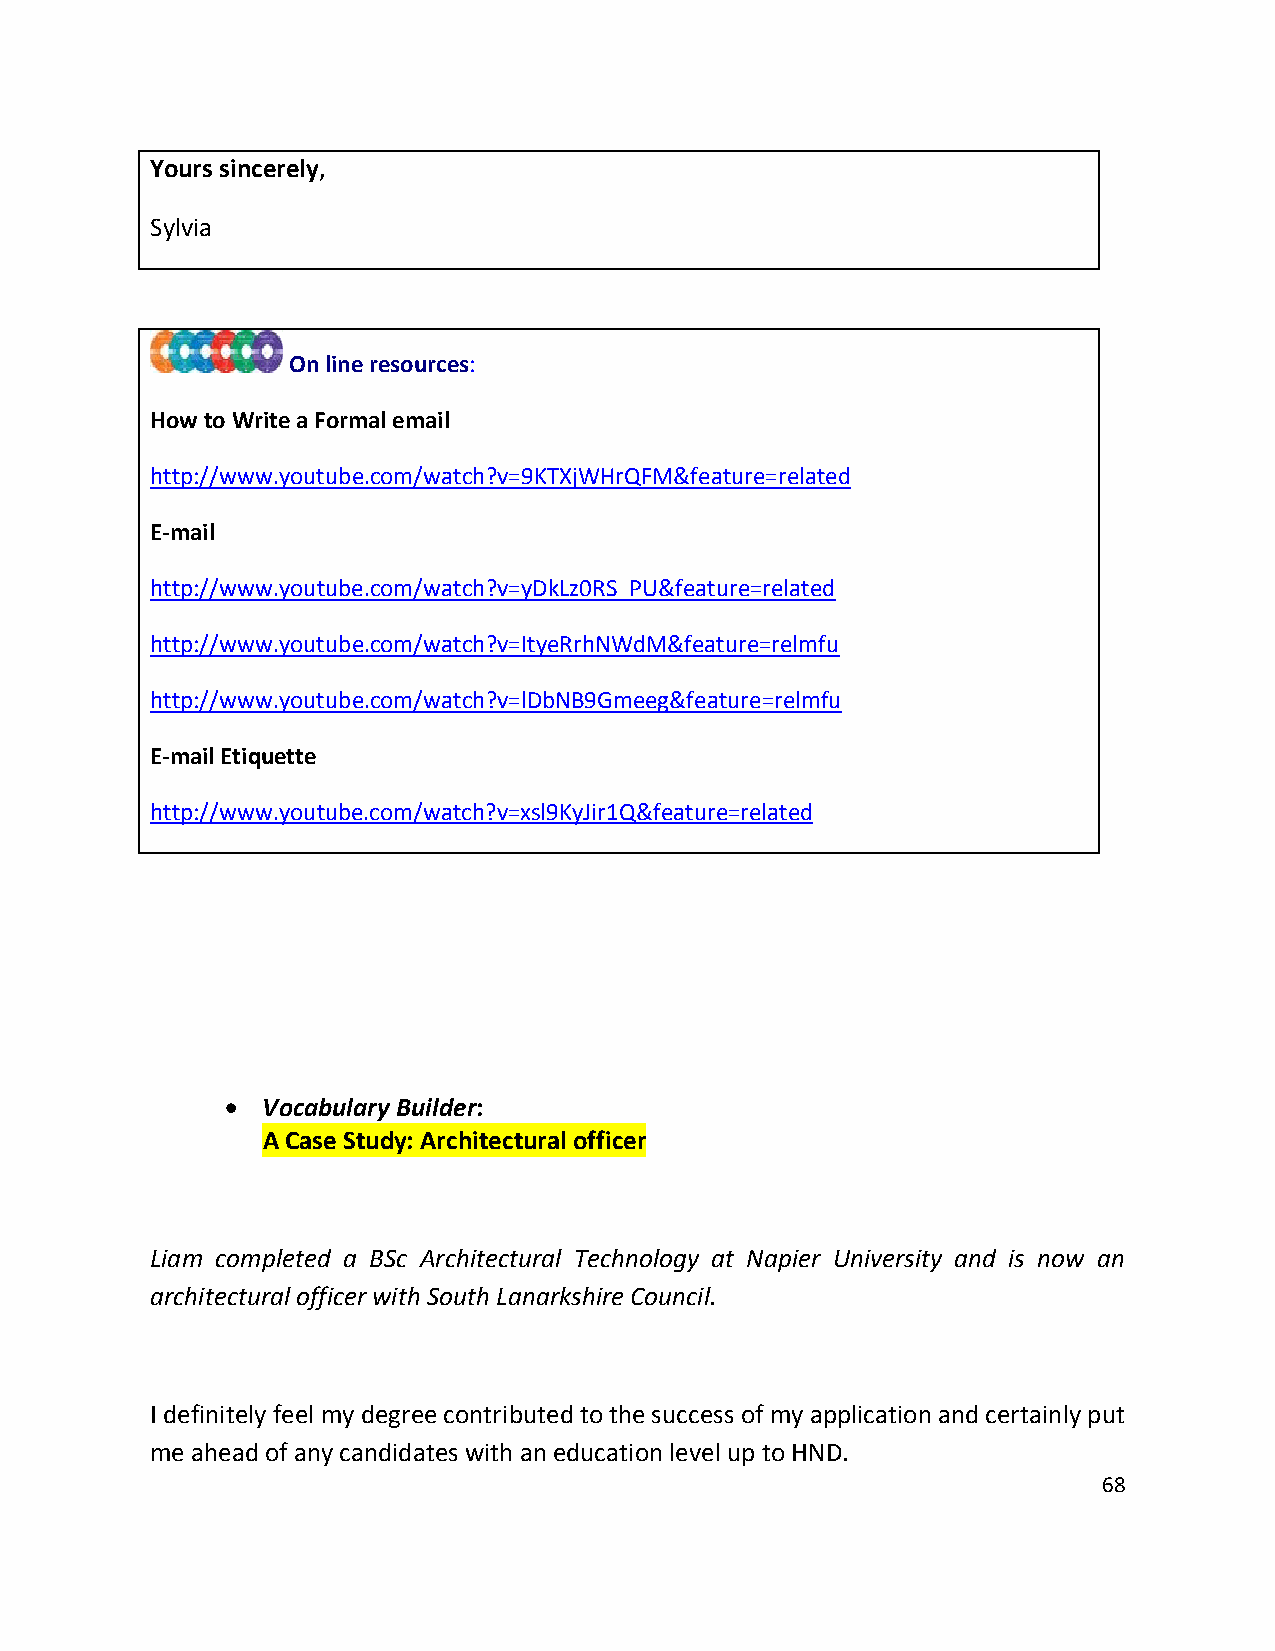
Yours sincerely,
 Sylvia
 On line resources:
 How to Write a Formal email
 http://www.youtube.com/watch?v=9KTXjWHrQFM&feature=related
 E-mail
 http://www.youtube.com/watch?v=yDkLz0RS_PU&feature=related
 http://www.youtube.com/watch?v=ItyeRrhNWdM&feature=relmfu
 http://www.youtube.com/watch?v=lDbNB9Gmeeg&feature=relmfu
 E-mail Etiquette
 http://www.youtube.com/watch?v=xsl9KyJir1Q&feature=related
 • Vocabulary Builder:
 A Case Study: Architectural officer
 Liam completed a BSc Architectural Technology at Napier University and is now an
 architectural officer with South Lanarkshire Council.
 I definitely feel my degree contributed to the success of my application and certainly put
 me ahead of any candidates with an education level up to HND.
 68